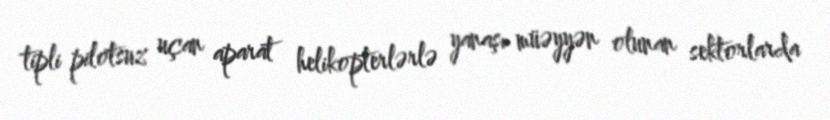
tipli pilotsuz uçan aparat helikopterlərlə yanaşı müəyyən olunan sektorlarda